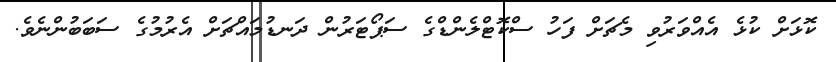
ކޮޅަށް ކުޅެ އެއްވަރުވި މެޗަށް ފަހު ސްކޮޓްލެންޑްގެ ސަޕޯޓަރުން ދަނޑުމައްޗަށް އެރުމުގެ ސަބަބުންނެވެ.